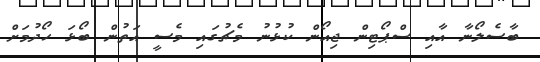
ބާސެލޯނާ އާއި ސްޕޯޓިން ޖިއޯން ކުޅުނު މެޗުގައި މެސީ އަތުން ބޯޅަ ހޯދުމަށް